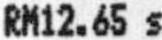
RM12.65 S